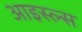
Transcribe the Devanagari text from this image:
आइस्ल्स